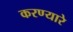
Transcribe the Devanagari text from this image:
करण्यारे